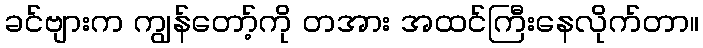
ခင်ဗျားက ကျွန်တော့်ကို တအား အထင်ကြီးနေလိုက်တာ။